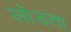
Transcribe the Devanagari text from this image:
लोडता